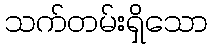
သက်တမ်းရှိသော